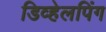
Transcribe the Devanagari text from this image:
डिव्हेलपिंग